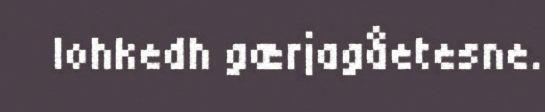
lohkedh gærjagåetesne.